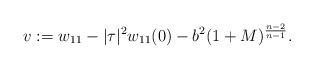
LaTeX: \begin{align*} v &:= w_{11}-|\tau|^2w_{11}(0)-b^2(1+M)^{\frac{n-2}{n-1}}.\end{align*}